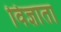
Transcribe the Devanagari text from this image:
विज्ञाता